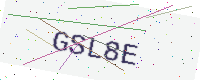
Text: GSL8E